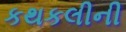
કથકલીની